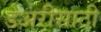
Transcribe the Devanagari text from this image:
डेअरीसाठी